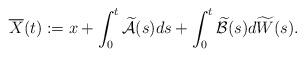
LaTeX: \begin{align*} \overline{X}(t):= x +\int_0^t \widetilde{\mathcal{A}}(s)ds +\int_0^t \widetilde{\mathcal{B}}(s)d\widetilde{W}(s) .\end{align*}